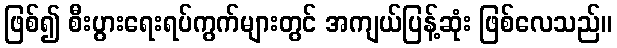
ဖြစ်၍ စီးပွားရေးရပ်ကွက်များတွင် အကျယ်ပြန့်ဆုံး ဖြစ်လေသည်။